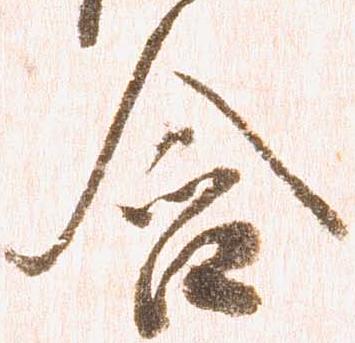
含